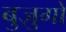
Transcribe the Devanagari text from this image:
बुज़ुगों